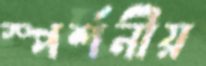
স্পর্শনীয়